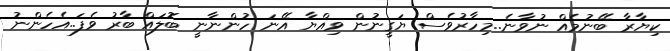
ކިޔާރާ ބޭނުމެއް ނުވާނެ..މިހާރުވެސް ޔަގީނުން ވިއްޔާ އޭނަ ހުންނާނީ ބޮލައް ބާރު ވެފަ..އެހެންނު